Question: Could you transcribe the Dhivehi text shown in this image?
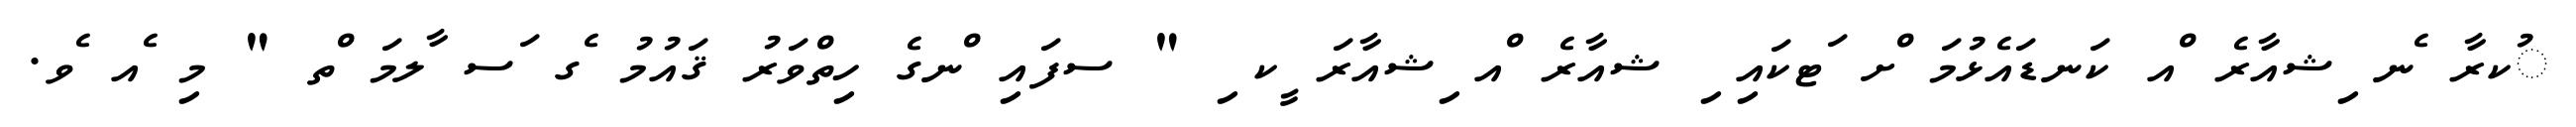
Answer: ުކރާ ެނ ިޝއާރެ ްއ ކަނޑައެޅުމަ ްށ ަޓކައި ި ޝއާރެ ްއ ިޝއާރަ ީކ ި " ސފައި ްނގެ ހިތްވަރު ޤައުމު ެގ ަސ ާލމަ ްތ " މި ެއ ެވ.